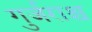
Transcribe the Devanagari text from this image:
गुर्जराश्च